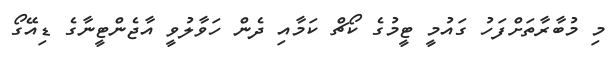
މި މުބާރާތަށްފަހު ގައުމީ ޓީމުގެ ކޯޗް ކަމާއި ދެން ހަވާލުވީ އާޖެންޓީނާގެ ޑިއޭގޯ